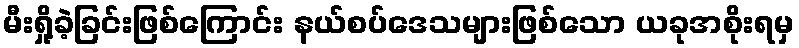
မီးရှို့ခဲ့ခြင်းဖြစ်ကြောင်း နယ်စပ်ဒေသများဖြစ်သော ယခုအစိုးရမှ